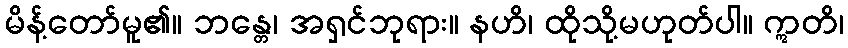
မိန့်တော်မူ၏။ ဘန္တေ၊ အရှင်ဘုရား။ နဟိ၊ ထိုသို့မဟုတ်ပါ။ ဣတိ၊